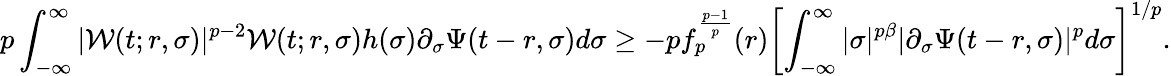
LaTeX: p\int_{-\infty}^{\infty}|\mathcal{W}(t;r,\sigma)|^{p-2}\mathcal{W}(t;r,\sigma)h(\sigma)\partial_{\sigma}\Psi(t-r,\sigma)d\sigma\geq-pf_{p}^{\frac{p-1}{p}}(r)\left[\int_{-\infty}^{\infty}|\sigma|^{p\beta}|\partial_{\sigma}\Psi(t-r,\sigma)|^{p}d\sigma\right]^{1/p}.